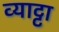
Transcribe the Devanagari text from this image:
व्याट्टा